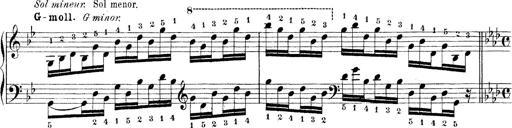
Title: Technische Studien
Composer: Franz Liszt